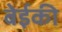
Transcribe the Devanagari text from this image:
बेईकी